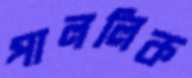
পাললিক